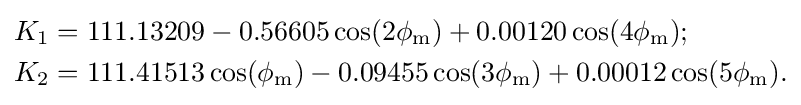
{\begin{aligned}K_{1}&=111.13209-0.56605\cos(2\phi _{\mathrm {m} })+0.00120\cos(4\phi _{\mathrm {m} });\\K_{2}&=111.41513\cos(\phi _{\mathrm {m} })-0.09455\cos(3\phi _{\mathrm {m} })+0.00012\cos(5\phi _{\mathrm {m} }).\end{aligned}}\,\!